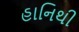
હાનિથી